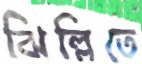
ঝিল্লিতে